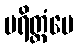
ပရိတ္တံပေ